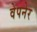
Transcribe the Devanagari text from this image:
वेपनेर